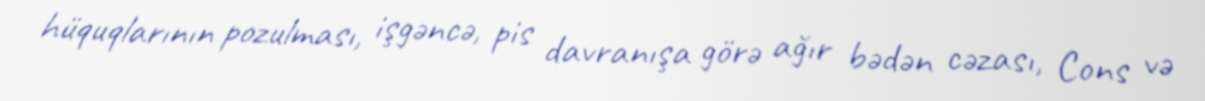
hüquqlarının pozulması, işgəncə, pis davranışa görə ağır bədən cəzası, Cons və